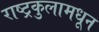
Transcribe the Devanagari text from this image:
राष्ट्रकुलामधून